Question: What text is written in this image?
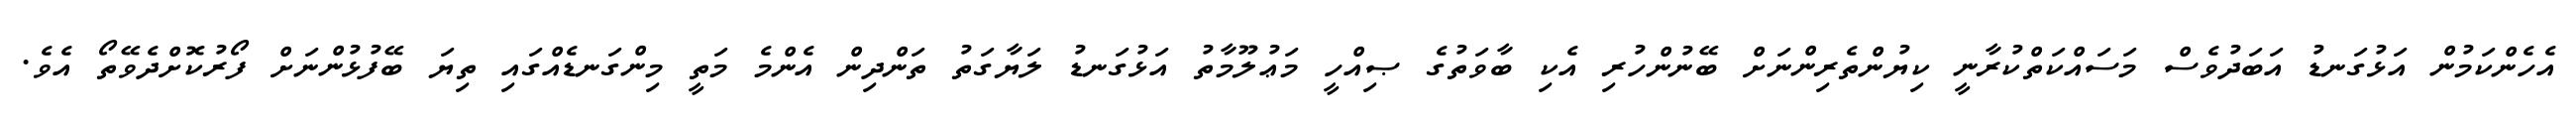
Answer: އެހެންކަމުން އަޅުގަނޑު އަބަދުވެސް މަސައްކަތްކުރާނީ ކިޔުންތެރިންނަށް ބޭނުންހުރި އެކި ބާވަތުގެ ޞިއްހީ މަޢުލޫމާތު އަޅުގަނޑު ލަޔާގަތު ތަންދިން އެންމެ މަތީ މިންގަނޑެއްގައި ތިޔަ ބޭފުޅުންނަށް ފޯރުކޮށްދެވޭތޯ އެވެ.